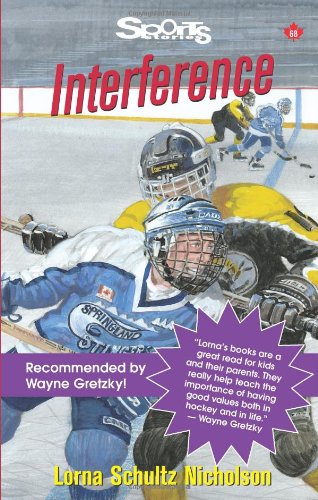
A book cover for Interference (Lorimer Sports Stories); Lorna Schultz Nicholson; Children's Books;